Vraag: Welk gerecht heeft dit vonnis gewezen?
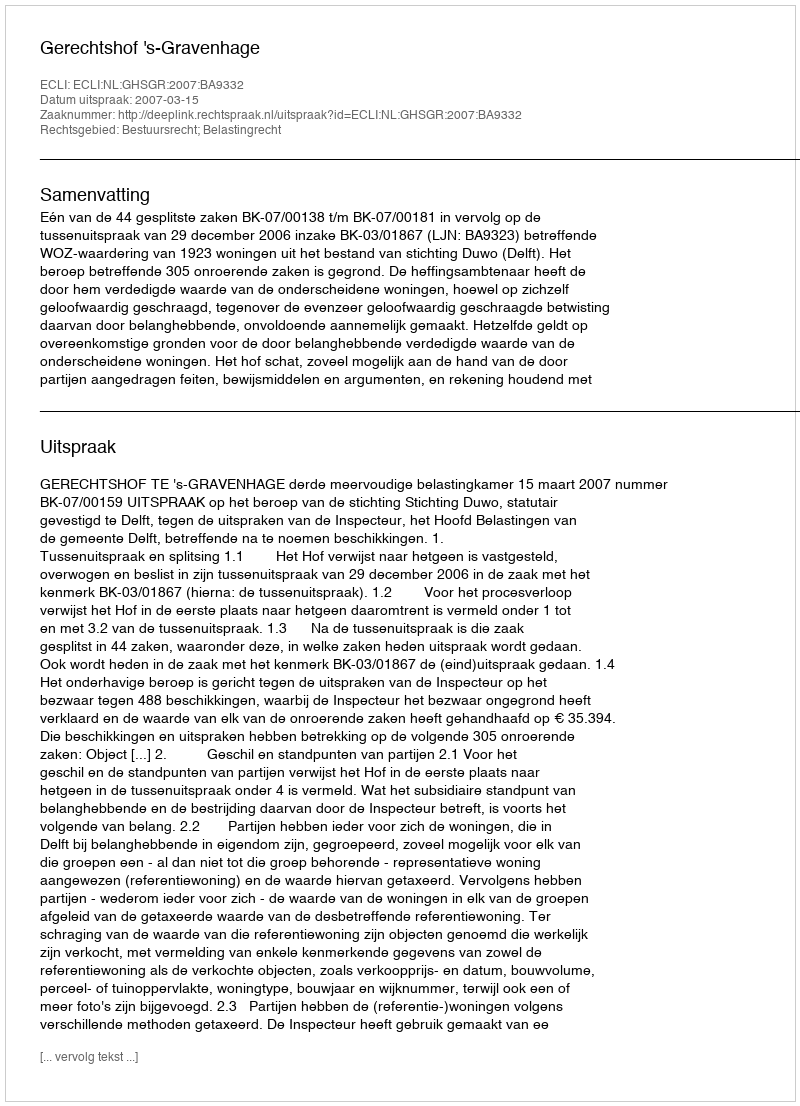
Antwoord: Gerechtshof 's-Gravenhage